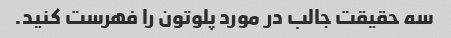
سه حقیقت جالب در مورد پلوتون را فهرست کنید.